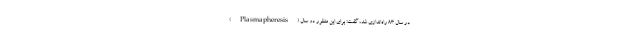
(Plasmapheresis) در سال ۸۳ راه‌اندازی شد، گفت: برای این منظور دو سال